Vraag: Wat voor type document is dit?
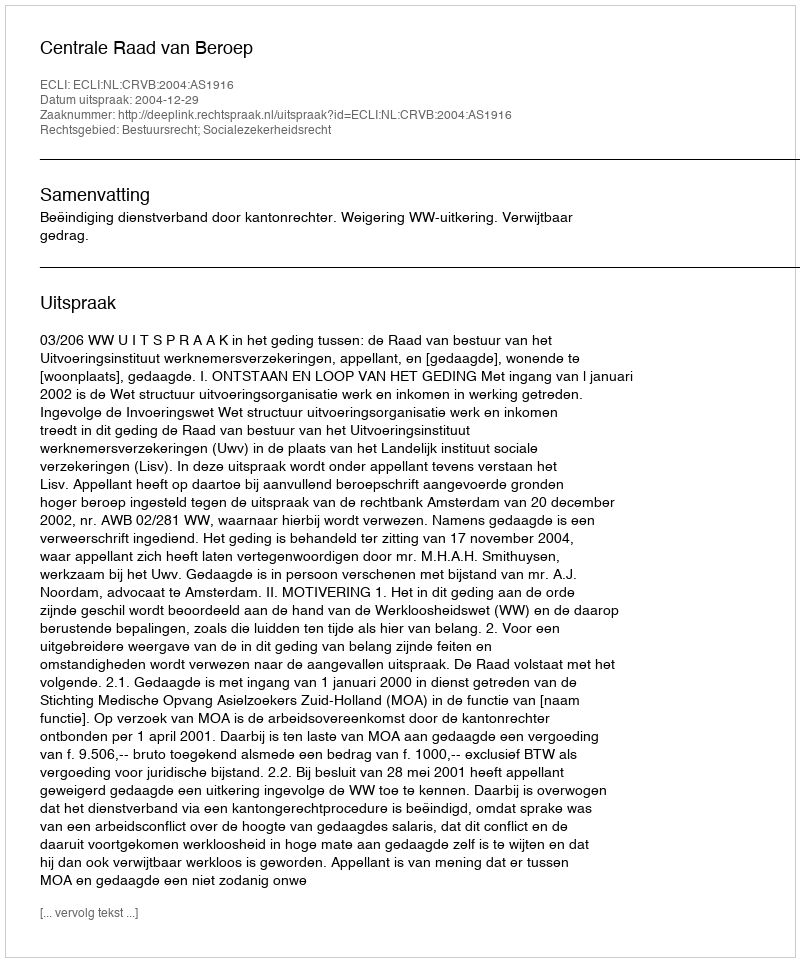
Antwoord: Uitspraak